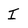
Character: I